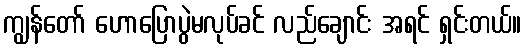
ကျွန်တော် ဟောပြောပွဲမလုပ်ခင် လည်ချောင်း အရင် ရှင်းတယ်။